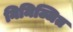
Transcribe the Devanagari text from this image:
निमिज्जित